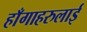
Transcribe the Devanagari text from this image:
हाँगाहरुलाई